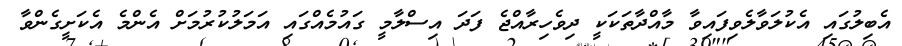
އެބިލުގައި އެކުލަވާލެވިފައިވާ މާއްދާތަކަކީ ދިވެހިރާއްޖެ ފަދަ އިސްލާމީ ގައުމެއްގައި އަމަލުކުރުމަށް އެންމެ އެކަށީގެންވާ